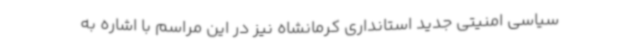
سیاسی امنیتی جدید استانداری کرمانشاه نیز در این مراسم با اشاره به